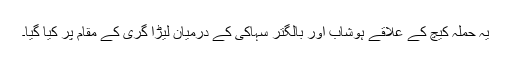
یہ حملہ کیچ کے علاقے ہوشاب اور بالگتر سہاکی کے درمیان لیڑا گری کے مقام پر کیا گیا۔